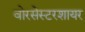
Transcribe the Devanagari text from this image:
वोरसेस्टरशायर